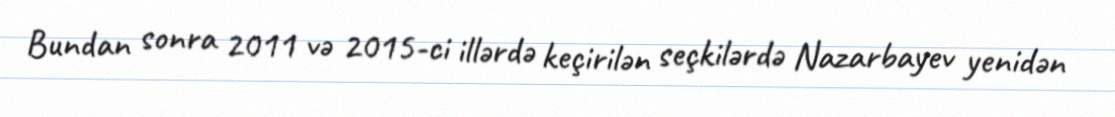
Bundan sonra 2011 və 2015-ci illərdə keçirilən seçkilərdə Nazarbayev yenidən